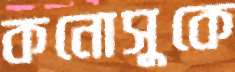
কনোসুকে